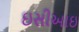
ઇસીઆઇ